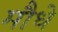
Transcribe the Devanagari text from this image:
मौधे